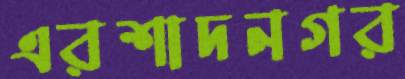
এরশাদনগর